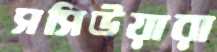
সসিউয়ারা